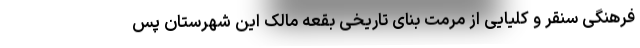
فرهنگی سنقر و کلیایی از مرمت بنای تاریخی بقعه مالک این شهرستان پس